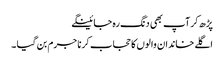
پڑھ کر آپ بھی دنگ رہ جائینگے
اگلے خاندان والوں کا حجاب کرنا جرم بن گیا ۔